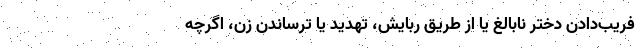
فریب‌دادن دختر نابالغ یا از طریق ربایش، تهدید یا ترساندن زن، اگرچه